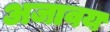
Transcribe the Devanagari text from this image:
अजावय